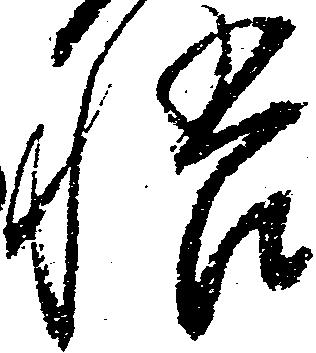
悟